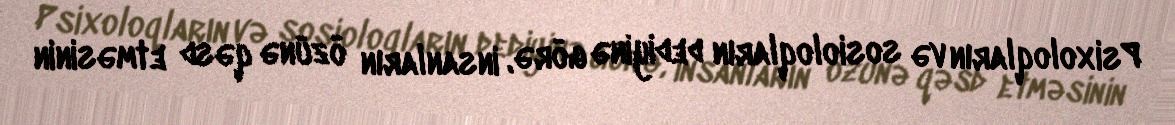
Psixoloqların və sosioloqların dediyinə görə, insanların özünə qəsd etməsinin